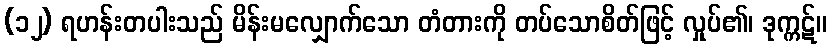
(၁၂) ရဟန်းတပါးသည် မိန်းမလျှောက်သော တံတားကို တပ်သောစိတ်ဖြင့် လှုပ်၏၊ ဒုက္ကဋ်။